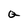
Character: G